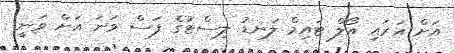
އަށް އަރައި އޯލް ޓައިމް ލަނޑު ލިސްޓުގެ ފަސް ވަނަ އަށް ވަނީ